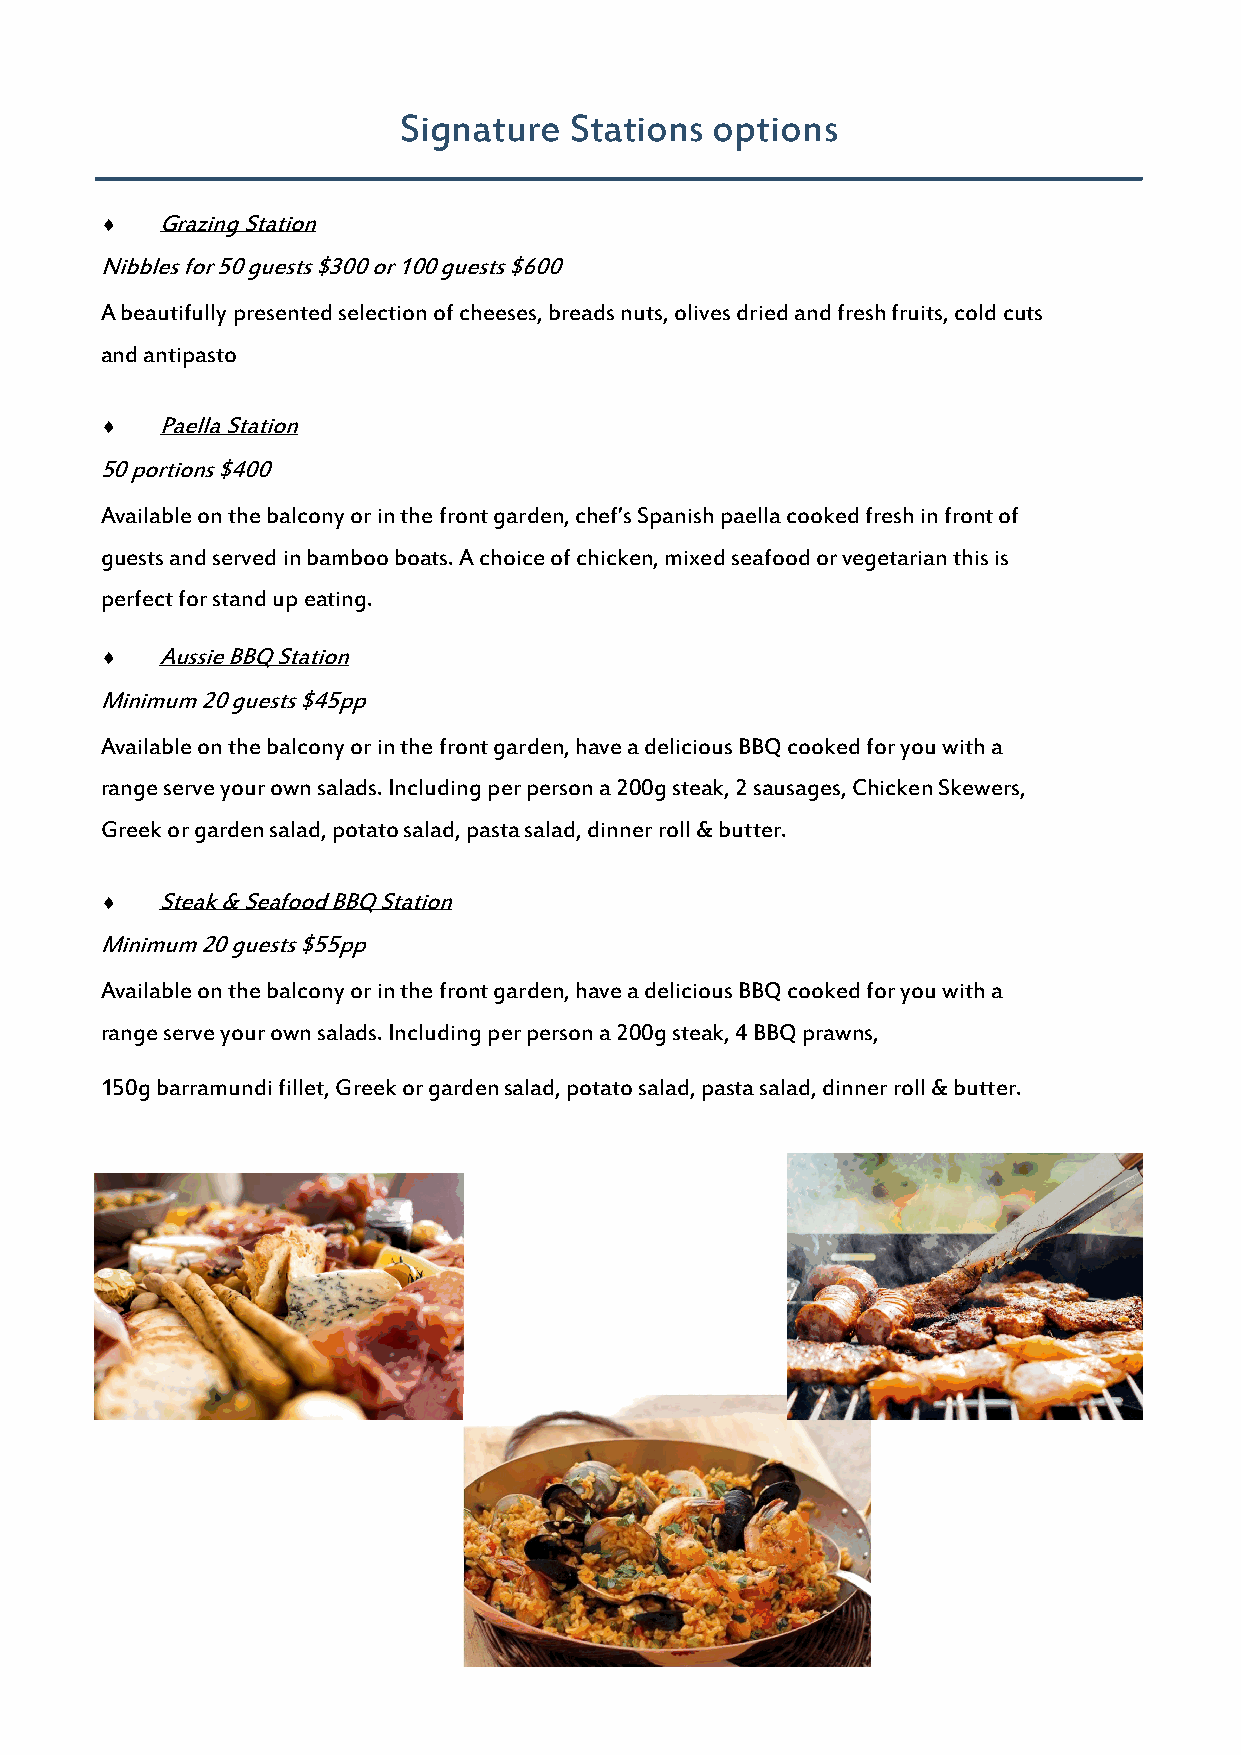
Signature   Stations options
   Grazing Station
 Nibbles for 50 guests $300 or 100 guests $600
 A beautifully presented selection of cheeses, breads nuts, olives dried and fresh fruits, cold cuts
 and antipasto
   Paella Station
 50 portions $400
 Available on the balcony or in the front garden, chef’s Spanish paella cooked fresh in front of
 guests and served in bamboo boats. A choice of chicken, mixed seafood or vegetarian this is
 perfect for stand up eating.
   Aussie BBQ Station
 Minimum 20 guests $45pp
 Available on the balcony or in the front garden, have a delicious BBQ cooked for you with a
 range serve your own salads. Including per person a 200g steak, 2 sausages, Chicken Skewers,
 Greek or garden salad, potato salad, pasta salad, dinner roll & butter.
   Steak & Seafood BBQ Station
 Minimum 20 guests $55pp
 Available on the balcony or in the front garden, have a delicious BBQ cooked for you with a
 range serve your own salads. Including per person a 200g steak, 4 BBQ prawns,
 150g barramundi fillet, Greek or garden salad, potato salad, pasta salad, dinner roll & butter.